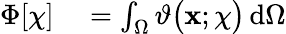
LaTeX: \begin{array}{rl}{\Phi[\chi]}&{{}=\int_{\Omega}\vartheta\big(\mathbf{x};\chi\big)\, \mathrm{d}\Omega}\end{array}